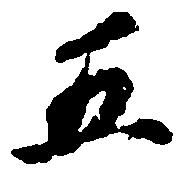
五